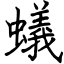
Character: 蟻